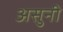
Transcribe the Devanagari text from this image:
असुनी